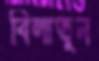
বিলাতুন